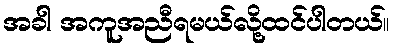
အခါ အကူအညီရမယ်လို့ထင်ပါတယ်။